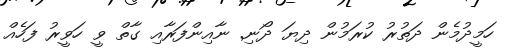
ހަމީދުމެން ދަތުރު ކުރަމުން ދިޔަ ދޯނި